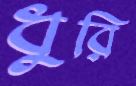
ধুরি